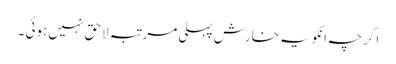
اگرچہ انکو یہ خارش پہلی مرتبہ لاحق نہیں ہوئی ۔